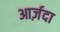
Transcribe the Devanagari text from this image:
आर्ज़दा